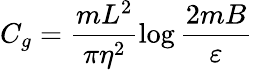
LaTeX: C_{g}=\frac{mL^{2}}{\pi\eta^{2}}\log\frac{2mB}{\varepsilon}